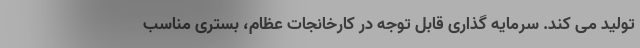
تولید می کند. سرمایه گذاری قابل توجه در کارخانجات عظام، بستری مناسب